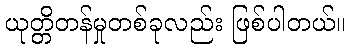
ယုတ္တိတန်မှုတစ်ခုလည်း ဖြစ်ပါတယ်။